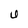
Character: U